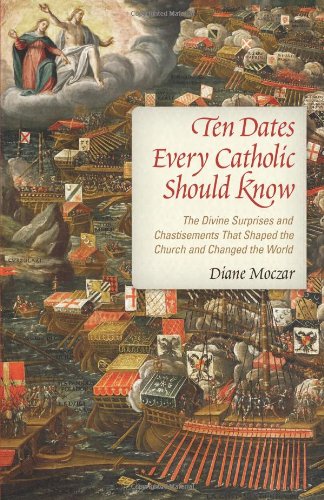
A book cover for Ten Dates Every Catholic Should Know: The Divine Surprises and Chastisements That Shaped the Church and Changed the World; Diane Moczar; Christian Books & Bibles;